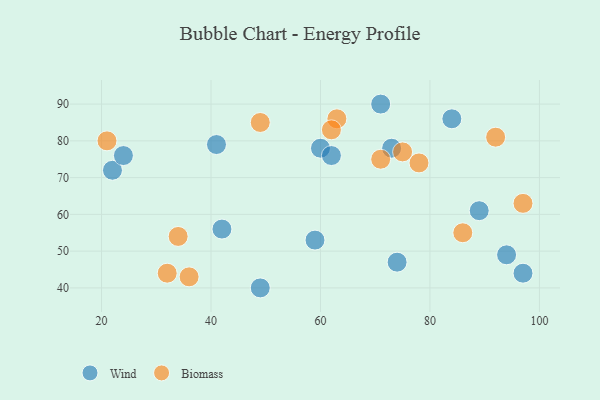
{"axis": {"x": "GDP", "y": "Life Expectancy"}, "legend": ["Biomass", "Wind"], "data": [{"x": "59", "y": 53, "type": "Wind"}, {"x": "60", "y": 78, "type": "Wind"}, {"x": "22", "y": 72, "type": "Wind"}, {"x": "71", "y": 90, "type": "Wind"}, {"x": "97", "y": 44, "type": "Wind"}, {"x": "62", "y": 76, "type": "Wind"}, {"x": "74", "y": 47, "type": "Wind"}, {"x": "49", "y": 40, "type": "Wind"}, {"x": "41", "y": 79, "type": "Wind"}, {"x": "42", "y": 56, "type": "Wind"}, {"x": "89", "y": 61, "type": "Wind"}, {"x": "24", "y": 76, "type": "Wind"}, {"x": "94", "y": 49, "type": "Wind"}, {"x": "73", "y": 78, "type": "Wind"}, {"x": "84", "y": 86, "type": "Wind"}, {"x": "97", "y": 63, "type": "Biomass"}, {"x": "36", "y": 43, "type": "Biomass"}, {"x": "63", "y": 86, "type": "Biomass"}, {"x": "86", "y": 55, "type": "Biomass"}, {"x": "32", "y": 44, "type": "Biomass"}, {"x": "92", "y": 81, "type": "Biomass"}, {"x": "21", "y": 80, "type": "Biomass"}, {"x": "71", "y": 75, "type": "Biomass"}, {"x": "49", "y": 85, "type": "Biomass"}, {"x": "34", "y": 54, "type": "Biomass"}, {"x": "62", "y": 83, "type": "Biomass"}, {"x": "78", "y": 74, "type": "Biomass"}, {"x": "75", "y": 77, "type": "Biomass"}]}